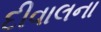
દીવાલના